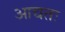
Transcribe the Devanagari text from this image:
आद्यतः